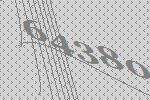
64380